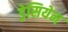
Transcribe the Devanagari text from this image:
ड्रेसियेन